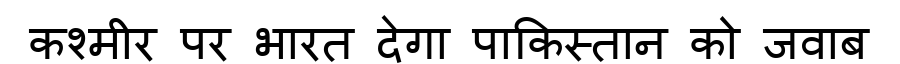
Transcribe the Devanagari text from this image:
कश्मीर पर भारत देगा पाकिस्तान को जवाब